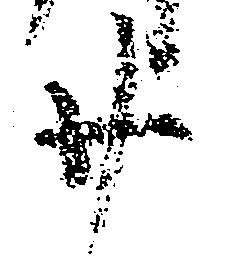
廿